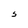
Character: S